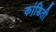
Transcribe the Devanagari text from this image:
कांडिती